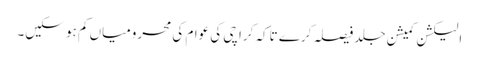
الیکشن کمیشن جلد فیصلہ کرے تاکہ کراچی کی عوام کی محرومیاں کم ہو سکیں۔